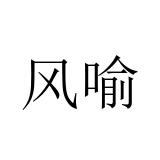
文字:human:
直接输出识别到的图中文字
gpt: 风喻